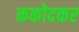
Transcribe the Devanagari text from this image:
ककोदकर